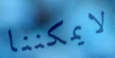
لايمكننا